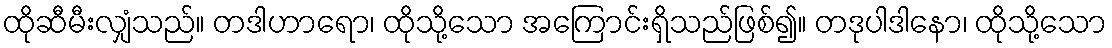
ထိုဆီမီးလျှံသည်။ တဒါဟာရော၊ ထိုသို့သော အကြောင်းရှိသည်ဖြစ်၍။ တဒုပါဒါနော၊ ထိုသို့သော